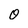
Character: 0